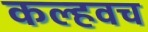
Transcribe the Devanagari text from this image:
कल्हवच